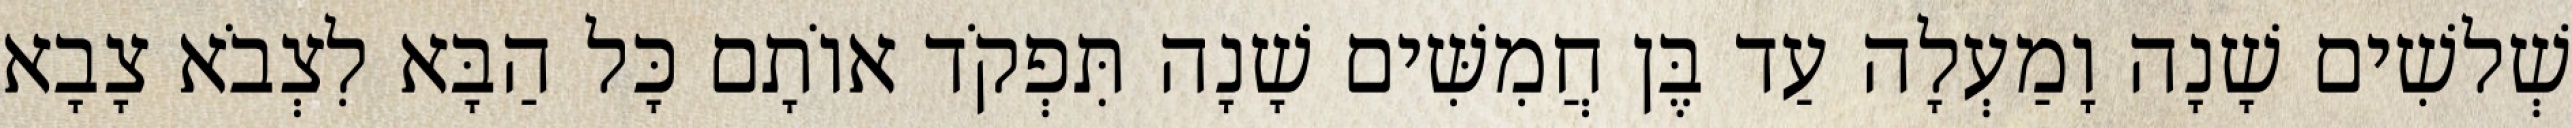
שְׁלשִׁים שָׁנָה וָמַעְלָה עַד בֶּן חֲמִשִּׁים שָׁנָה תִּפְקֹד אוֹתָם כָּל הַבָּא לִצְבֹא צָבָא